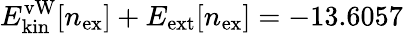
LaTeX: {E_{\mathrm{kin}}^{\mathrm{vW}}[n_{\mathrm{ex}}]+E_{\mathrm{ext}}[n_{\mathrm{ex}}]=-13.6057\, }